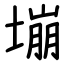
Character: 塴